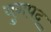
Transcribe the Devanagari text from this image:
युगपद्